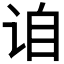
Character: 𬣰